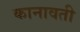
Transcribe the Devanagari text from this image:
कानावती